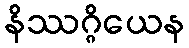
နိဿဂ္ဂိယေန